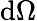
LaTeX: \mathrm{d}\Omega